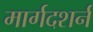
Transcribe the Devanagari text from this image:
मार्गदशर्न